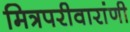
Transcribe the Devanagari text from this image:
मित्रपरीवारांणी